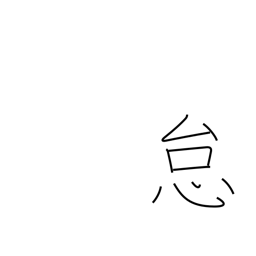
Meaning: laziness